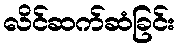
လိင်ဆက်ဆံခြင်း